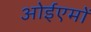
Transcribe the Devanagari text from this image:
ओईएमों